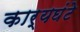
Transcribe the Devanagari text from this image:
कार्यघंटे